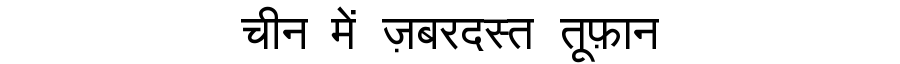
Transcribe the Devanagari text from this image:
चीन में ज़बरदस्त तूफ़ान